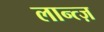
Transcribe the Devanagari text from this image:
लान्त्ज़